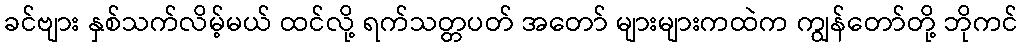
ခင်ဗျား နှစ်သက်လိမ့်မယ် ထင်လို့ ရက်သတ္တပတ် အတော် များများကထဲက ကျွန်တော်တို့ ဘိုကင်